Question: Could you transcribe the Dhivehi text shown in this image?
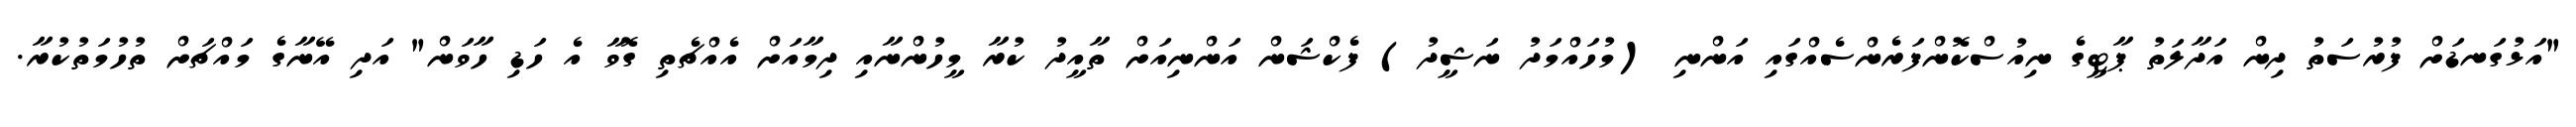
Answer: "އަޅުގަނޑަށް ފުރުސަތު ދިން އަދާލަތު ޕާޓީގެ ނިއުސްކޮންފަރެންސެއްގައި އަންނި (މުހައްމަދު ނަޝީދު) ފެކްޝަން އަންނިއަށް ތާއީދު ކުރާ މީހުންނާއި ދިމާއަށް އެއްޗެތި ގޮވާ އެ ހަޑި ހާވަން" އަދި އޭނާގެ މައްޗަށް ތުހުމަތުކުރާ.